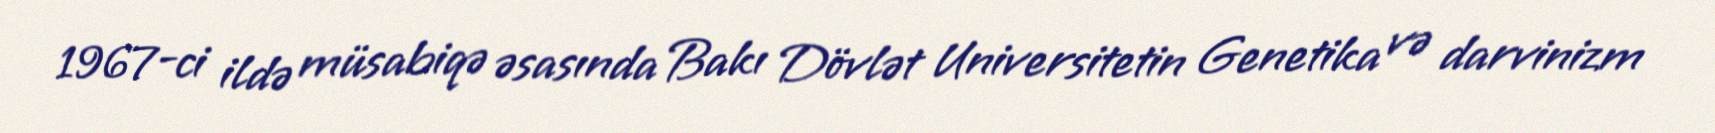
1967-ci ildə müsabiqə əsasında Bakı Dövlət Universitetin Genetika və darvinizm